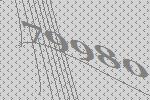
79980